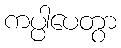
ကပ္ပါပေတွာ